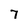
Character: 7